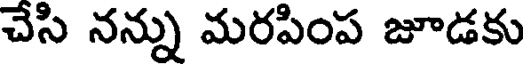
చేసి నన్ను మరపింప జూడకు